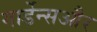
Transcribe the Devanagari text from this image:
गार्डेन्सऔर